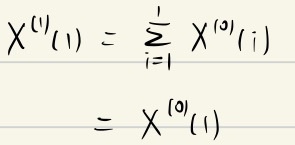
\[
\begin{align*}
X^{(1)}(1)&=\sum_{i = 1}^{1}X^{(0)}(i)\\
&=X^{(0)}(1)
\end{align*}
\]